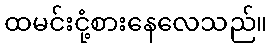
ထမင်းငုံ့စားနေလေသည်။